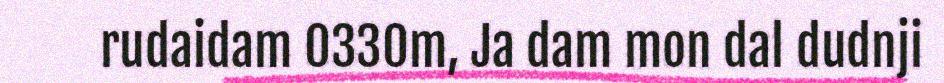
rudaidam 0330m, Ja dam mon dal dudnji